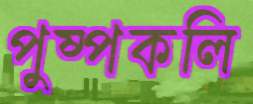
পুষ্পকলি